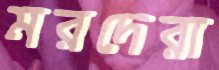
মরদেরা